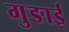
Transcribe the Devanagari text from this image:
गुङाई